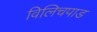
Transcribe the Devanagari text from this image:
विलिचपाड